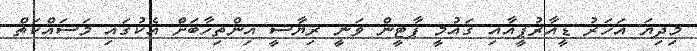
މިދިޔަ އަހަރު ޑީއާރުޕީއާއި ޤައުމީ ޕާޓީން ވަނީ ރިޔާސީ އިންތިހާބަށް އެކުގައި މަސައްކަތް